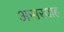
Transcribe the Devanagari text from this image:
असरयाह